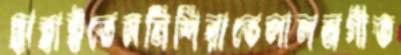
ছাহাইতেননিশিরাতেলালনগীত